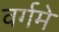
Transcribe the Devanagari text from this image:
वर्गमे